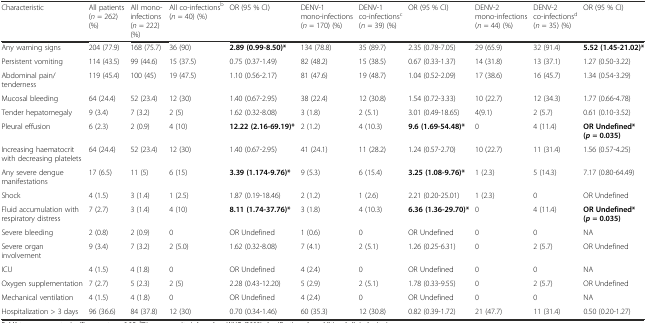
<table><thead><tr><td><b>Characteristic</b></td><td><b>All patients(<i>n</i> = 262) (%)</b></td><td><b>All mono-infections(<i>n</i> = 222) (%)</b></td><td><b>All co-infections<sup>b</sup>(<i>n</i> = 40) (%)</b></td><td><b>OR (95 % CI)</b></td><td><b>DENV-1 mono-infections(<i>n</i> = 170) (%)</b></td><td><b>DENV-1 co-infections<sup>c</sup>(<i>n</i> = 39) (%)</b></td><td><b>OR (95 % CI)</b></td><td><b>DENV-2 mono-infections(<i>n</i> = 44) (%)</b></td><td><b>DENV-2 co-infections<sup>d</sup>(<i>n</i> = 35) (%)</b></td><td><b>OR (95 % CI)</b></td></tr></thead><tbody><tr><td>Any warning signs</td><td>204 (77.9)</td><td>168 (75.7)</td><td>36 (90)</td><td><b>2.89 (0.99-8.50)*</b></td><td>134 (78.8)</td><td>35 (89.7)</td><td>2.35 (0.78-7.05)</td><td>29 (65.9)</td><td>32 (91.4)</td><td><b>5.52 (1.45-21.02)*</b></td></tr><tr><td>Persistent vomiting</td><td>114 (43.5)</td><td>99 (44.6)</td><td>15 (37.5)</td><td>0.75 (0.37-1.49)</td><td>82 (48.2)</td><td>15 (38.5)</td><td>0.67 (0.33-1.37)</td><td>14 (31.8)</td><td>13 (37.1)</td><td>1.27 (0.50-3.22)</td></tr><tr><td>Abdominal pain/tenderness</td><td>119 (45.4)</td><td>100 (45)</td><td>19 (47.5)</td><td>1.10 (0.56-2.17)</td><td>81 (47.6)</td><td>19 (48.7)</td><td>1.04 (0.52-2.09)</td><td>17 (38.6)</td><td>16 (45.7)</td><td>1.34 (0.54-3.29)</td></tr><tr><td>Mucosal bleeding</td><td>64 (24.4)</td><td>52 (23.4)</td><td>12 (30)</td><td>1.40 (0.67-2.95)</td><td>38 (22.4)</td><td>12 (30.8)</td><td>1.54 (0.72-3.33)</td><td>10 (22.7)</td><td>12 (34.3)</td><td>1.77 (0.66-4.78)</td></tr><tr><td>Tender hepatomegaly</td><td>9 (3.4)</td><td>7 (3.2)</td><td>2 (5)</td><td>1.62 (0.32-8.08)</td><td>3 (1.8)</td><td>2 (5.1)</td><td>3.01 (0.49-18.65)</td><td>4(9.1)</td><td>2 (5.7)</td><td>0.61 (0.10-3.52)</td></tr><tr><td>Pleural effusion</td><td>6 (2.3)</td><td>2 (0.9)</td><td>4 (10)</td><td><b>12.22 (2.16-69.19)*</b></td><td>2 (1.2)</td><td>4 (10.3)</td><td><b>9.6 (1.69-54.48)*</b></td><td>0</td><td>4 (11.4)</td><td><b>OR Undefined*</b><b>(</b><b><i>p</i></b><b>= 0.035)</b></td></tr><tr><td>Increasing haematocrit with decreasing platelets</td><td>64 (24.4)</td><td>52 (23.4)</td><td>12 (30)</td><td>1.40 (0.67-2.95)</td><td>41 (24.1)</td><td>11 (28.2)</td><td>1.24 (0.57-2.70)</td><td>10 (22.7)</td><td>11 (31.4)</td><td>1.56 (0.57-4.25)</td></tr><tr><td>Any severe dengue manifestations</td><td>17 (6.5)</td><td>11 (5)</td><td>6 (15)</td><td><b>3.39 (1.174-9.76)*</b></td><td>9 (5.3)</td><td>6 (15.4)</td><td><b>3.25 (1.08-9.76)*</b></td><td>1 (2.3)</td><td>5 (14.3)</td><td>7.17 (0.80-64.49)</td></tr><tr><td>Shock</td><td>4 (1.5)</td><td>3 (1.4)</td><td>1 (2.5)</td><td>1.87 (0.19-18.46)</td><td>2 (1.2)</td><td>1 (2.6)</td><td>2.21 (0.20-25.01)</td><td>1 (2.3)</td><td>0</td><td>OR Undefined</td></tr><tr><td>Fluid accumulation with respiratory distress</td><td>7 (2.7)</td><td>3 (1.4)</td><td>4 (10)</td><td><b>8.11 (1.74-37.76)*</b></td><td>3 (1.8)</td><td>4 (10.3)</td><td><b>6.36 (1.36-29.70)*</b></td><td>0</td><td>4 (11.4)</td><td><b>OR Undefined*</b><b>(</b><b><i>p</i></b><b>= 0.035)</b></td></tr><tr><td>Severe bleeding</td><td>2 (0.8)</td><td>2 (0.9)</td><td>0</td><td>OR Undefined</td><td>1 (0.6)</td><td>0</td><td>OR Undefined</td><td>0</td><td>0</td><td>NA</td></tr><tr><td>Severe organ involvement</td><td>9 (3.4)</td><td>7 (3.2)</td><td>2 (5.0)</td><td>1.62 (0.32-8.08)</td><td>7 (4.1)</td><td>2 (5.1)</td><td>1.26 (0.25-6.31)</td><td>0</td><td>2 (5.7)</td><td>OR Undefined</td></tr><tr><td>ICU</td><td>4 (1.5)</td><td>4 (1.8)</td><td>0</td><td>OR Undefined</td><td>4 (2.4)</td><td>0</td><td>OR Undefined</td><td>0</td><td>0</td><td>NA</td></tr><tr><td>Oxygen supplementation</td><td>7 (2.7)</td><td>5 (2.3)</td><td>2 (5)</td><td>2.28 (0.43-12.20)</td><td>5 (2.9)</td><td>2 (5.1)</td><td>1.78 (0.33-9.55)</td><td>0</td><td>2 (5.7)</td><td>OR Undefined</td></tr><tr><td>Mechanical ventilation</td><td>4 (1.5)</td><td>4 (1.8)</td><td>0</td><td>OR Undefined</td><td>4 (2.4)</td><td>0</td><td>OR Undefined</td><td>0</td><td>0</td><td>NA</td></tr><tr><td>Hospitalization &gt; 3 days</td><td>96 (36.6)</td><td>84 (37.8)</td><td>12 (30)</td><td>0.70 (0.34-1.46)</td><td>60 (35.3)</td><td>12 (30.8)</td><td>0.82 (0.39-1.72)</td><td>21 (47.7)</td><td>11 (31.4)</td><td>0.50 (0.20-1.27)</td></tr></tbody></table>